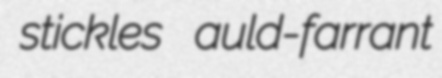
stickles auld-farrant